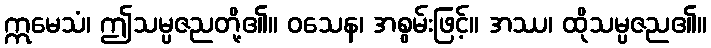
ဣမေသံ၊ ဤသမ္ပဇညတို့၏။ ဝသေန၊ အစွမ်းဖြင့်။ အဿ၊ ထိုသမ္ပဇည၏။